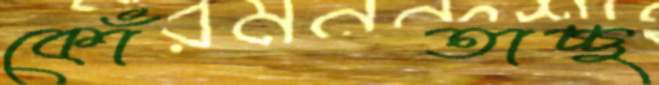
কোঁতাচ্ছ